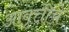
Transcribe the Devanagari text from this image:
आवृत्तींचे